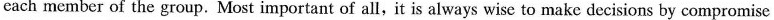
cach member of the group. Most important of all,it is always wise to make decisions by compromise